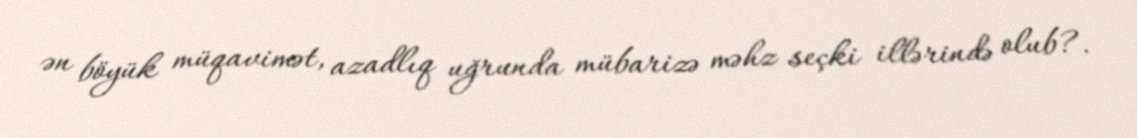
ən böyük müqavimət, azadlıq uğrunda mübarizə məhz seçki illərində olub?.